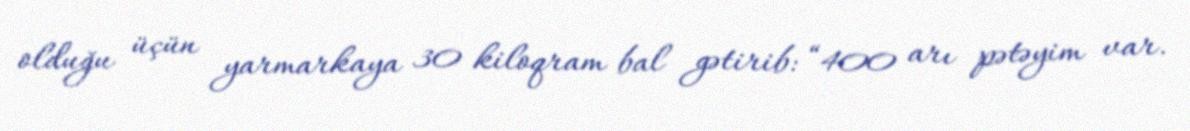
olduğu üçün yarmarkaya 30 kiloqram bal gətirib: “400 arı pətəyim var.